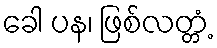
ခေါ ပန၊ ဖြစ်လတ္တံ့